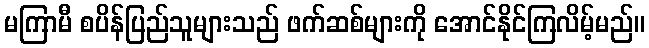
မကြာမီ စပိန်ပြည်သူများသည် ဖက်ဆစ်များကို အောင်နိုင်ကြလိမ့်မည်။